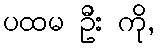
ပထမ ဦး ကို,